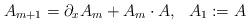
LaTeX: \begin{align*}A_{m+1}=\partial_x A_m+A_m\cdot A,\ \ A_1:=A\end{align*}